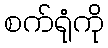
စက်ရုံကို